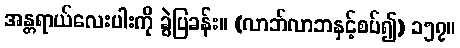
အန္တရာယ်လေးပါးကို ခွဲပြခန်း။ (လာဘ်လာဘနှင့်စပ်၍) ၁၅၇။